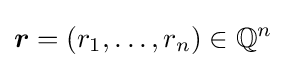
{\boldsymbol {r}}=(r_{1},\ldots ,r_{n})\in \mathbb {Q} ^{n}